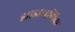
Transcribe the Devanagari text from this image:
झाडागणिक